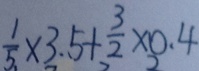
\frac { 1 } { 5 } \times 3 . 5 + \frac { 3 } { 2 } \times 0 . 4